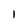
Character: l